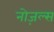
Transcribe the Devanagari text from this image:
नोज़ल्स